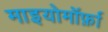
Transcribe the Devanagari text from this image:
माइयोमॉर्फ़ा